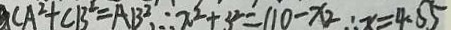
C A ^ { 2 } + C B ^ { 2 } = A B ^ { 2 } , \therefore x ^ { 2 } + 3 ^ { 2 } = 1 1 0 - x _ { 2 } \therefore x = 4 . 5 5